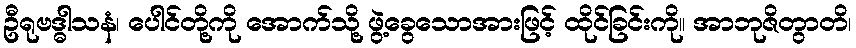
ဦရုဗဒ္ဓါသနံ၊ ပေါင်တို့ကို အောက်သို့ ဖွဲ့ခွေသောအားဖြင့် ထိုင်ခြင်းကို။ အာဘုဇိတွာတိ၊